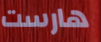
هارست